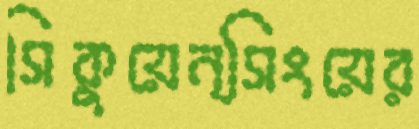
সিকুয়েন্সিংয়ের